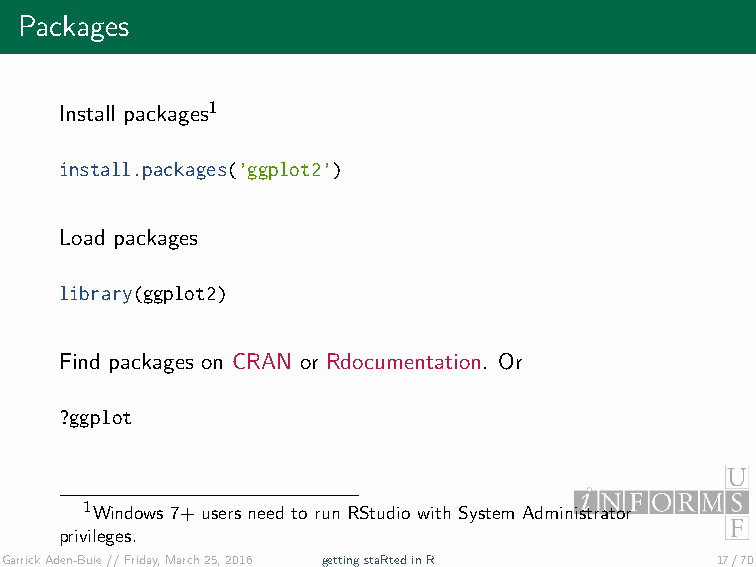
Packages
 Install packages1
 install.packages(’ggplot2’)
 Load packages
 library(ggplot2)
 Find packages on CRAN or Rdocumentation. Or
 ?ggplot
 1Windows 7+ users need to run RStudio with System Administrator
 privileges.
 GarrickAden-Buie//Friday,March25,2016 gettingstaRtedinR 17/70